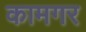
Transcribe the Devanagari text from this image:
कामगर